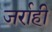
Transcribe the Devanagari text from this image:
जर्राही